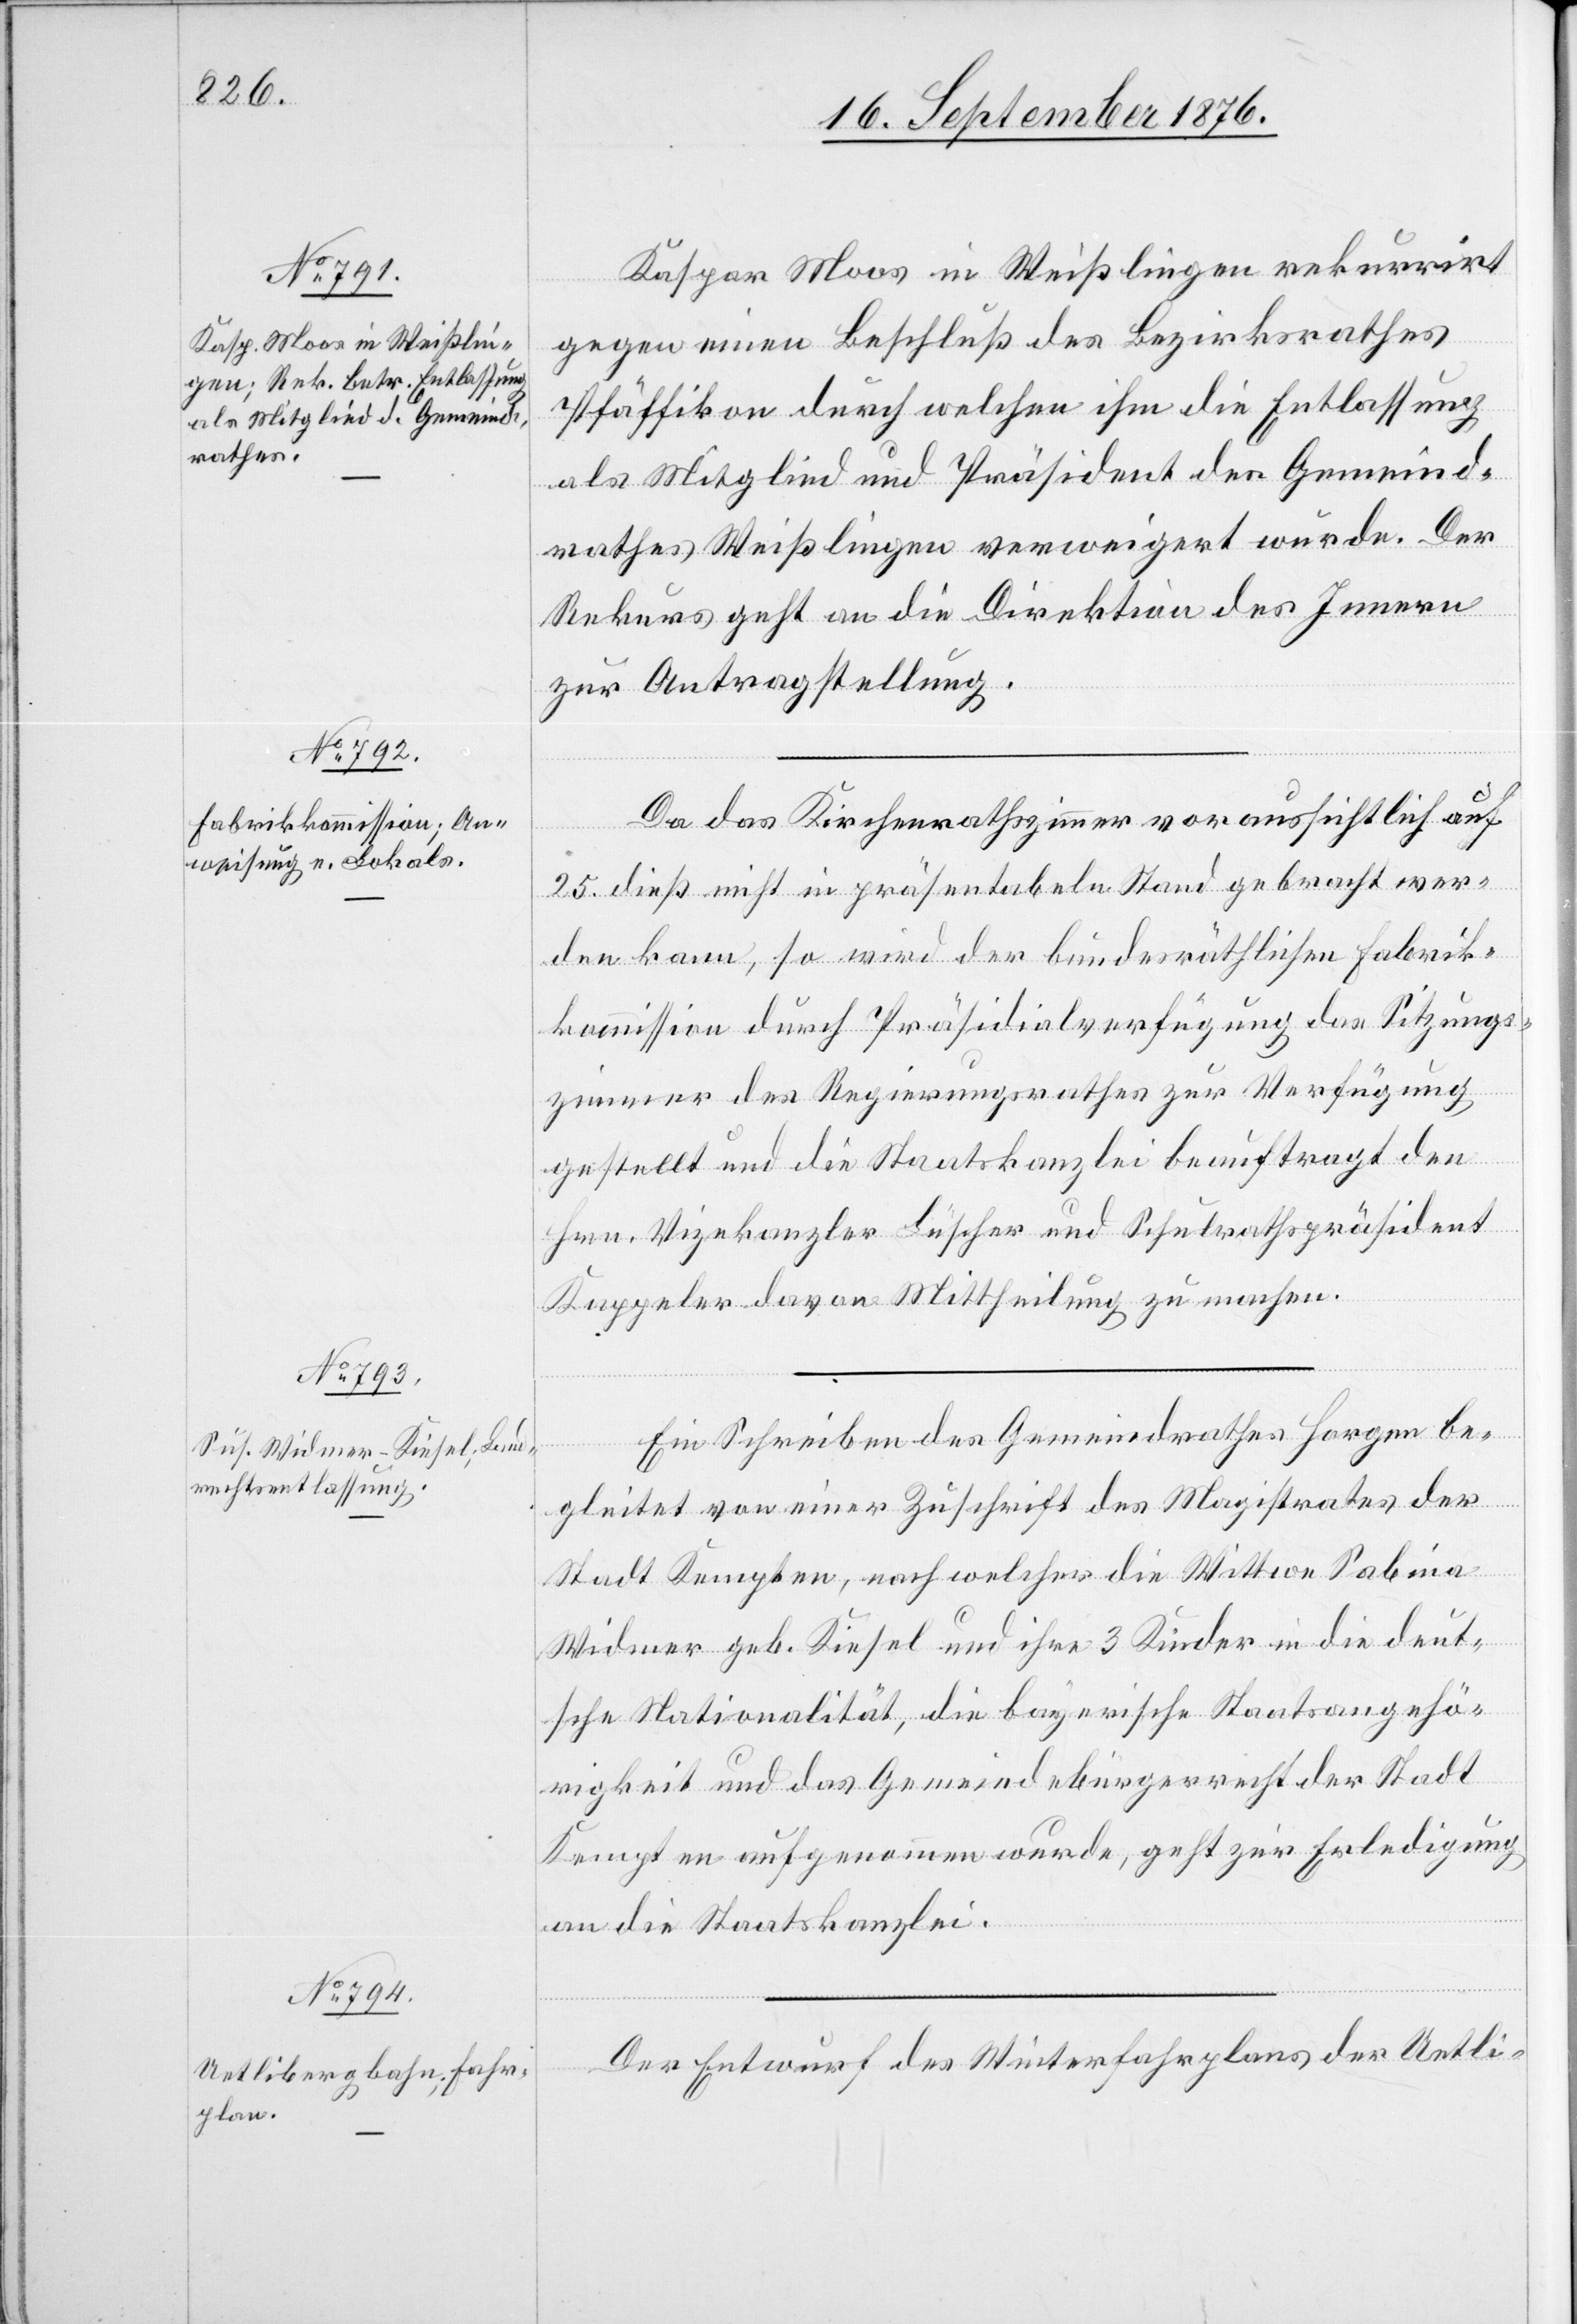
20. September 1876.]
Kaspar Moos in Weißlingen rekurrirt
gegen einen Beschluß des Bezirksrathes
Pfäffikon durch welchen ihm die Entlassung
als Mitglied und Präsident des Gemeind¬
rathes Weißlingen verweigert wurde. Der
Rekurs geht an die Direktion des Innern
zur Antragstellung.
Da das Kirchenrathszimmer voraussichtlich auf
25. dieß nicht in präsentabeln Stand gebracht wer¬
den kann, so wird der bundesräthlichen Fabrik¬
kommission durch Präsidialverfügung das Sitzungs¬
zimmer der Regierungsrathes zur Verfügung
gestellt und die Staatskanzlei beauftragt den
Hrn. Vizekanzler Lüscher und Schulrathspräsident
Kappeler davon Mittheilung zu machen.
Ein Schreiben des Gemeindrathes Horgen be¬
gleitet von einer Zuschrift des Magistrats der
Stadt Kempten, nach welcher die Wittwe Sabina
Widmer geb. Kiesel und ihre 3 Kinder in die deut¬
sche Nationalität, die bayerische Staatsangehö¬
rigkeit und das Gemeindebürgerrecht der Stadt
Kempten aufgenommen wurde, geht zur Erledigung
an die Staatskanzlei.
Der Entwurf des Winterfahrplans der Uetli-